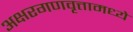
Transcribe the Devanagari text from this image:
अक्षरगणवृत्तामध्ये